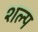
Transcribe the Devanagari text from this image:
शल्प